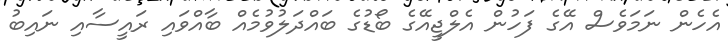
އެހެން ނަމަވެސް އޭގެ ފަހުން އެލްޖީއޭގެ ބޯޑުގެ ބައްދަލުވުމެއް ބާއްވައި ރައީސާއި ނައިބު